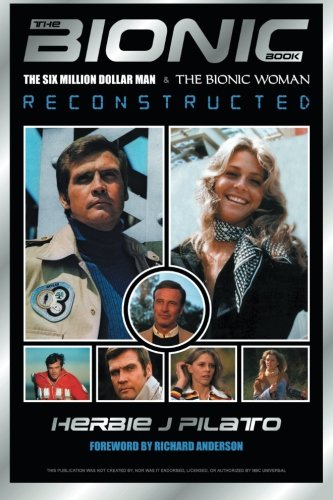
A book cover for Bionic Book Reconstructed; Herbie J Pilato; Humor & Entertainment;